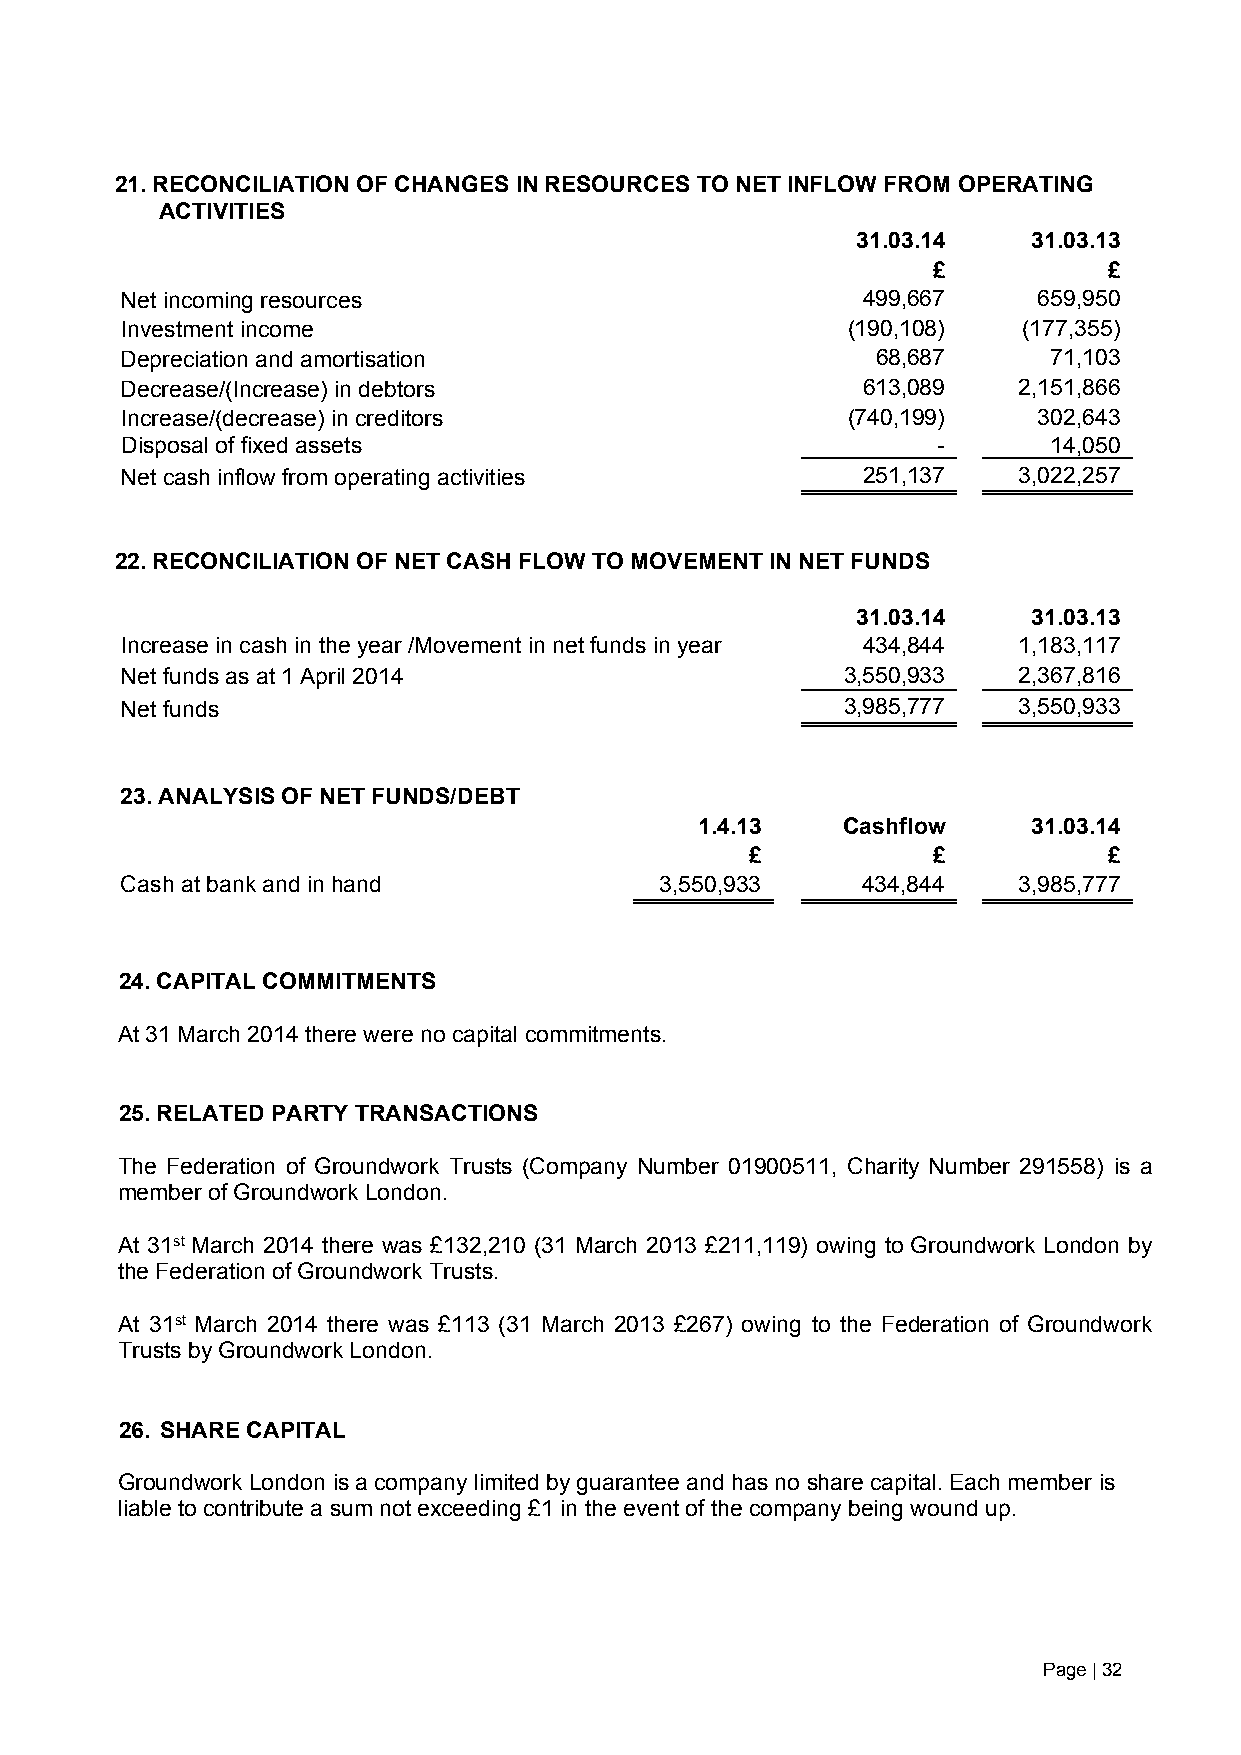
21. RECONCILIATION OF CHANGES IN RESOURCES TO NET INFLOW FROM OPERATING
 ACTIVITIES
 31.03.14   31.03.13
 £          £
 Net incoming resources                           499,667     659,950
 Investment income                               (190,108)   (177,355)
 Depreciation and amortisation                     68,687      71,103
 Decrease/(Increase) in debtors                   613,089   2,151,866
 Increase/(decrease) in creditors                (740,199)    302,643
 Disposal of fixed assets                              -       14,050
 Net cash inflow from operating activities        251,137   3,022,257
 22. RECONCILIATION OF NET CASH FLOW TO MOVEMENT IN NET FUNDS
 31.03.14   31.03.13
 Increase in cash in the year /Movement in net funds in year 434,844 1,183,117
 Net funds as at 1 April 2014                    3,550,933  2,367,816
 Net funds                                       3,985,777  3,550,933
 23. ANALYSIS OF NET FUNDS/DEBT
 1.4.13    Cashflow    31.03.14
 £           £          £
 Cash at bank and in hand            3,550,933    434,844   3,985,777
 24. CAPITAL COMMITMENTS
 At 31 March 2014 there were no capital commitments.
 25. RELATED PARTY TRANSACTIONS
 The Federation of Groundwork Trusts (Company Number 01900511, Charity Number 291558) is a
 member of Groundwork London.
 At 31st March 2014 there was £132,210 (31 March 2013 £211,119) owing to Groundwork London by
 the Federation of Groundwork Trusts.
 At 31st March 2014 there was £113 (31 March 2013 £267) owing to the Federation of Groundwork
 Trusts by Groundwork London.
 26. SHARE CAPITAL
 Groundwork London is a company limited by guarantee and has no share capital. Each member is
 liable to contribute a sum not exceeding £1 in the event of the company being wound up.
 Page | 32